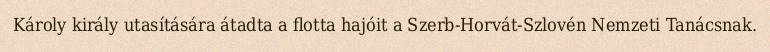
Károly király utasítására átadta a flotta hajóit a Szerb-Horvát-Szlovén Nemzeti Tanácsnak.